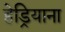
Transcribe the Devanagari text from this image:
हेड्रियाना